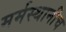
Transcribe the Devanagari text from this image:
मर्मस्थानीच